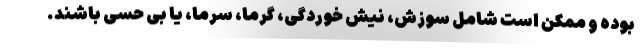
بوده و ممکن است شامل سوزش، نیش خوردگی، گرما، سرما، یا بی حسی باشند.